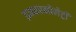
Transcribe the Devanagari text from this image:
इन्फरनोमेट्री